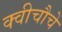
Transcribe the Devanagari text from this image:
क्वीचौचे